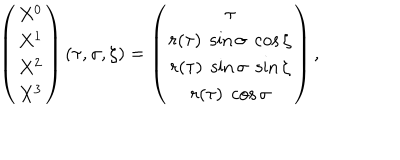
\left( \begin{array} { c } { { X ^ { 0 } } } \\ { { X ^ { 1 } } } \\ { { X ^ { 2 } } } \\ { { X ^ { 3 } } } \\ \end{array} \right) ( \tau , \sigma , \zeta ) = \left( \begin{array} { c } { { \tau } } \\ { { r ( \tau ) \; \sin \sigma \; \cos \zeta } } \\ { { r ( \tau ) \; \sin \sigma \; \sin \zeta } } \\ { { r ( \tau ) \; \cos \sigma } } \\ \end{array} \right) ,